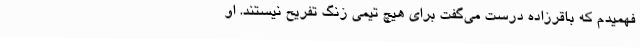
فهمیدم که باقرزاده درست می‌گفت برای هیچ تیمی زنگ تفریح نیستند. او